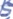
Text: S